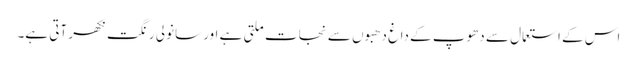
اس کے استعمال سے دھوپ کے داغ دھبوں سے نجات ملتی ہے اور سانولی رنگت نکھر آتی ہے۔